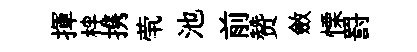
揮柈携茕池前赞斂慄罸